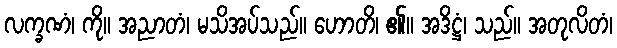
လက္ခဏံ၊ ကို။ အညာတံ၊ မသိအပ်သည်။ ဟောတိ၊ ၏။ အဒိဋ္ဌံ၊ သည်။ အတုလိတံ၊